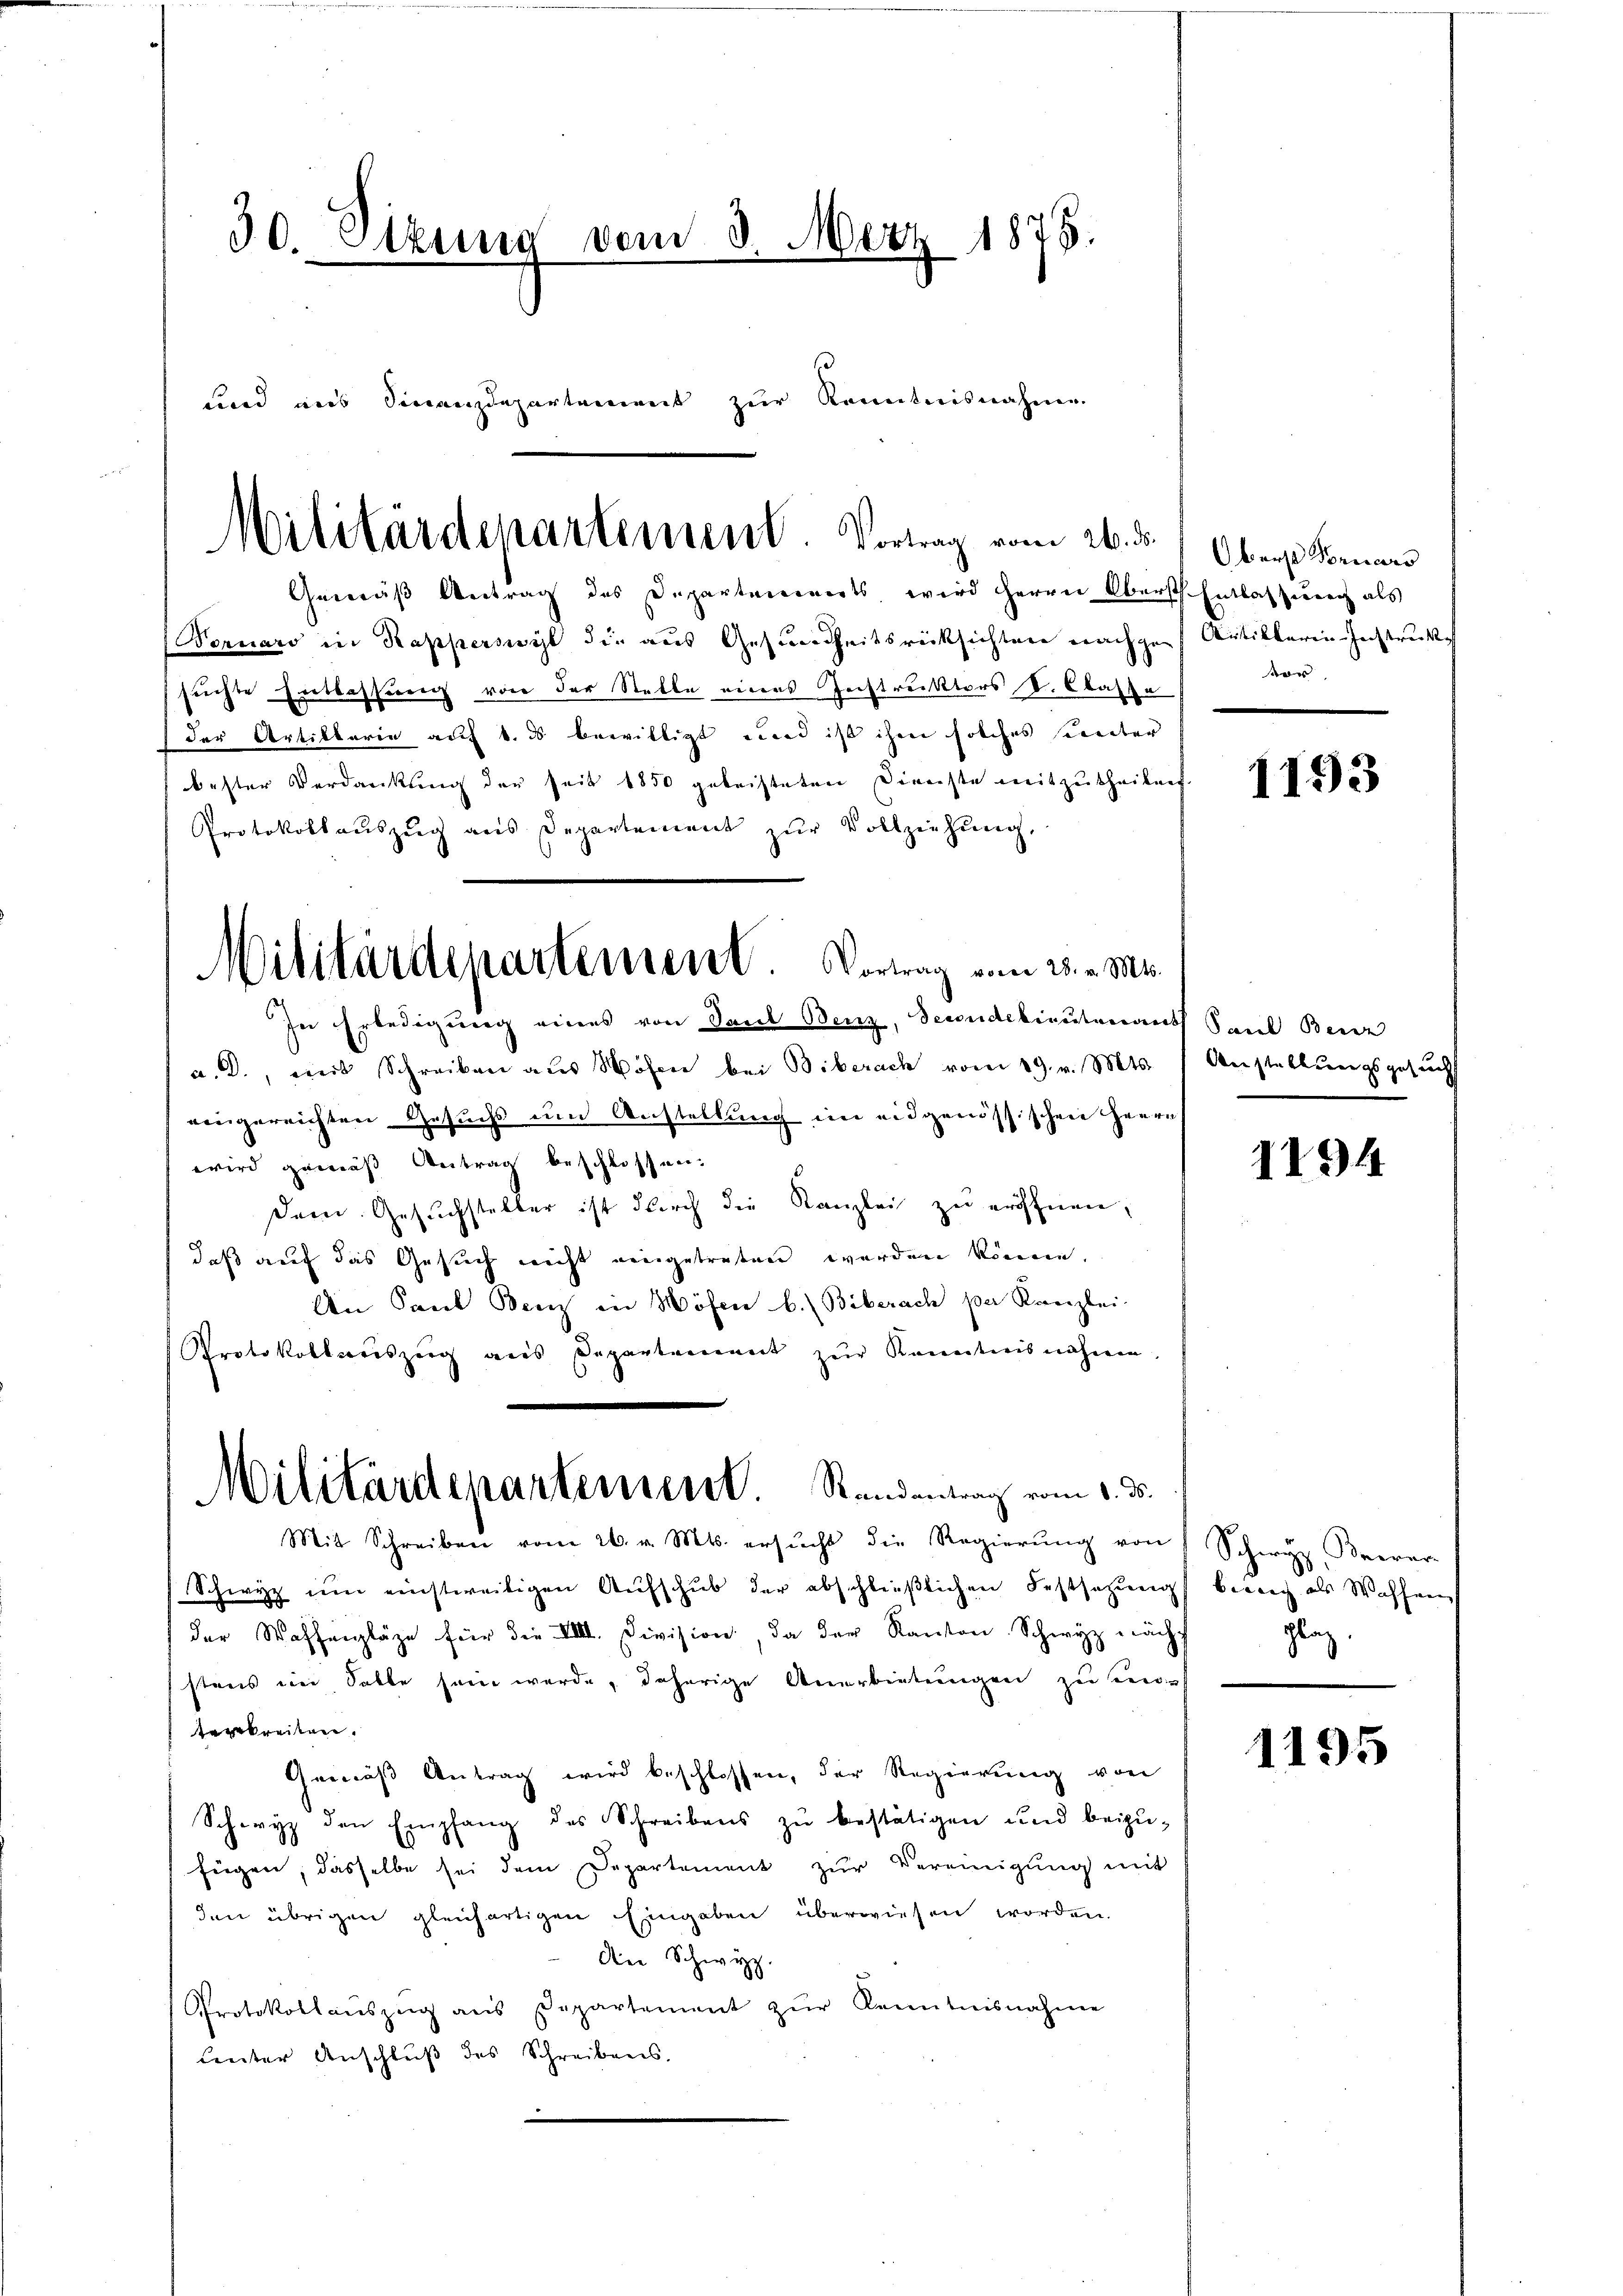
30. Sitzung vom 8. März 1875.

und aus Finanzdepartement zur Kenntnisnahme

Militärdepartement. Vortrag vom 26. ds.

Militärdepartement. Vortrag vom 28. v. Ms.
In Erledigung eines von Paul Benz, Seidelieutenant Sand Benz

Gemäß Antrag des Departements wird Herrn Oberst Entlassung als
Bornaro in Rapperswyl die aus Gesundheitsrücksichten nachgesuchte Entlassung von der Stelle eines Geistruktors S. Classe
(der Artiktarie auf 4. ds bewilligt und ist ihm solches sinter
bester Verdankung der seit 1850 geleisteten Direchte mitzutheilen
Protokollauszug aus Departement zur Vollziehung.
a. D., mit Schreiben aus Bösen bei Biberach vom 19. v. Mts.
eingereichten Gesuchs um Anstellung im eidgenössischen Herrn
wird gemäß Antrag beschlossen.
dem Gesuchsteller ist durch die Kanzlei zu eröffnen,
daß auf das Gesuch nicht eingetreten werden könne.
An Paul Benz in Mösen b. Biberach per Kanzlei-
Protokollauszeig aus Departement zur Kenntnisnahmen.
Militärdepartement. Randantrag vom 1. ds.

Mit Schreiben vom 26. v. Mts. ersŭcht die Regierŭng von Schwyz, Krear-

Oberst Sonners
Antiklaria-Instruck
vor

Schwyz um einstweiligen Aufschub der abschließlichen Festsetzung berich als Waffen
der Waffenpläge für die VIII. Division, da der Kanton Schwyz nächs
stens im Salle sein werde, daherige Anerbietungen zu sei
egbreiten.
Gemäß Antrag wird beschlossen, der Regierung von
Schwyz den Empfang des Schreibens zŭ bestätigen und beizŭ-
fügen, dasselbe sei dem Departement zŭr Vereinigung mit
den übrigen gleichartigen Eingaben überwiesen worden.
der Schwyz
Protokollauszug aus Departement zŭr Kenntnisnahme
Lnter Anschluß des Schreibens.
e

1193

Anstellungsgesucht

1194

lag.

1195